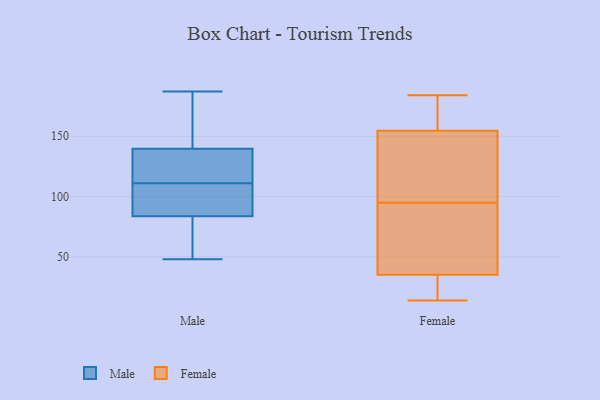
{"axis": {"x": "Operating Costs (USD K)", "y": "Value"}, "legend": ["Female", "Male"], "data": [{"x": "", "y": 140, "type": "Male"}, {"x": "", "y": 187, "type": "Male"}, {"x": "", "y": 107, "type": "Male"}, {"x": "", "y": 48, "type": "Male"}, {"x": "", "y": 166, "type": "Male"}, {"x": "", "y": 139, "type": "Male"}, {"x": "", "y": 134, "type": "Male"}, {"x": "", "y": 50, "type": "Male"}, {"x": "", "y": 89, "type": "Male"}, {"x": "", "y": 51, "type": "Male"}, {"x": "", "y": 111, "type": "Male"}, {"x": "", "y": 117, "type": "Male"}, {"x": "", "y": 82, "type": "Male"}, {"x": "", "y": 104, "type": "Male"}, {"x": "", "y": 98, "type": "Male"}, {"x": "", "y": 154, "type": "Male"}, {"x": "", "y": 115, "type": "Male"}, {"x": "", "y": 165, "type": "Male"}, {"x": "", "y": 56, "type": "Male"}, {"x": "", "y": 31, "type": "Female"}, {"x": "", "y": 24, "type": "Female"}, {"x": "", "y": 183, "type": "Female"}, {"x": "", "y": 95, "type": "Female"}, {"x": "", "y": 165, "type": "Female"}, {"x": "", "y": 151, "type": "Female"}, {"x": "", "y": 175, "type": "Female"}, {"x": "", "y": 105, "type": "Female"}, {"x": "", "y": 184, "type": "Female"}, {"x": "", "y": 89, "type": "Female"}, {"x": "", "y": 126, "type": "Female"}, {"x": "", "y": 151, "type": "Female"}, {"x": "", "y": 41, "type": "Female"}, {"x": "", "y": 33, "type": "Female"}, {"x": "", "y": 48, "type": "Female"}, {"x": "", "y": 14, "type": "Female"}, {"x": "", "y": 36, "type": "Female"}]}